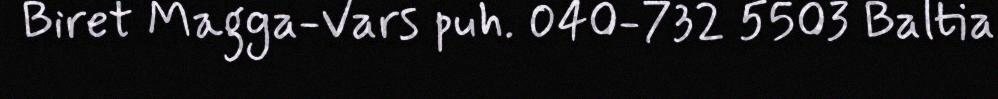
Biret Magga-Vars puh. 040-732 5503 Baltia